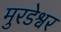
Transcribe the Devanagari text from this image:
मुरडेश्वर